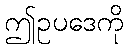
ဤဥပဒေကို